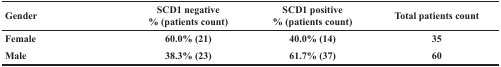
| Gender | SCD1 negative % (patients count) | SCD1 positive % (patients count) | Total patients count |
 | --- | --- | --- | --- |
 | Female | 60.0% (21) | 40.0% (14) | 35 |
 | Male | 38.3% (23) | 61.7% (37) | 60 |